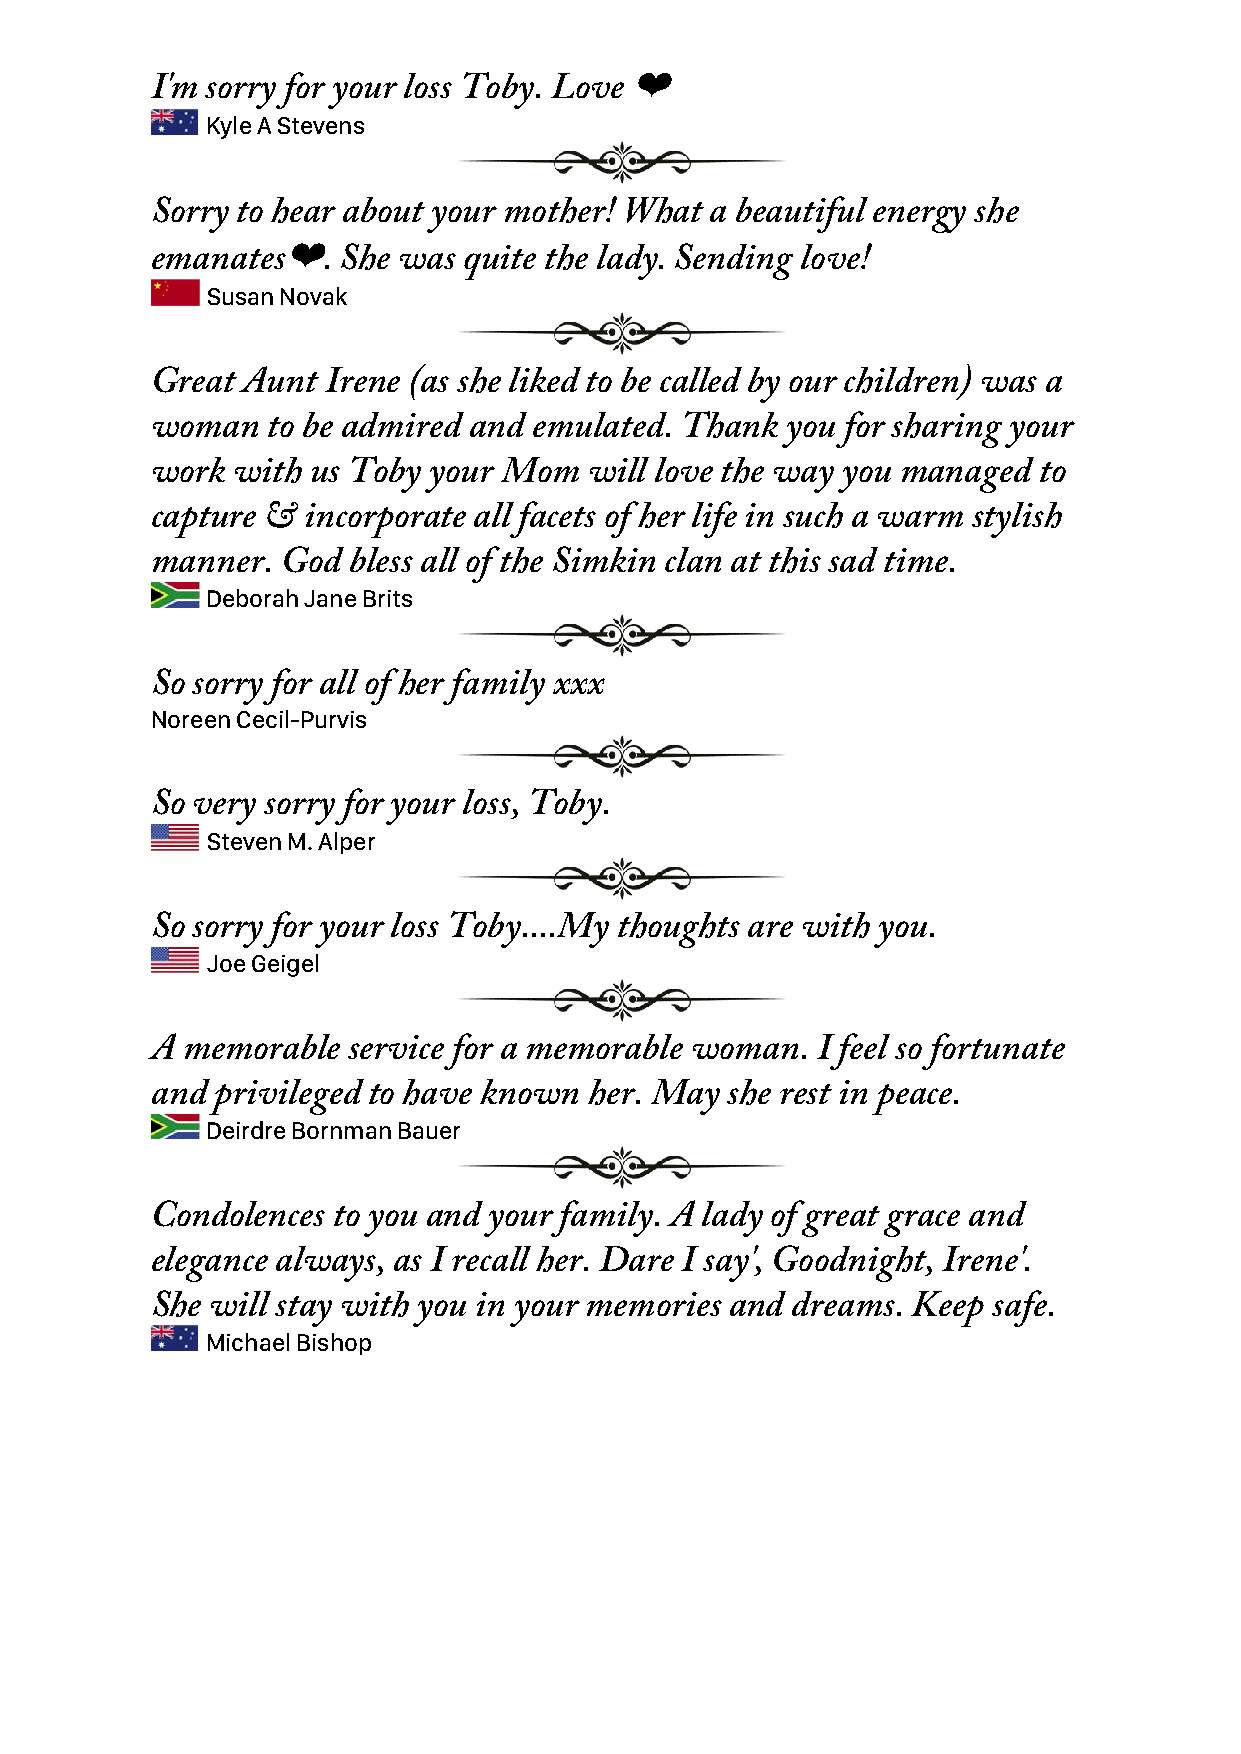
I'm sorry for your loss Toby. Love ❤
 Kyle A Stevens
 Sorry to hear about your mother! What a beautiful energy she
 emanates❤.   She was quite the lady. Sending love!
 Susan Novak
 Great Aunt  Irene (as she liked to be called by our children) was a
 woman   to be admired and emulated. Thank you for sharing your
 work with  us Toby your Mom  will love the way you managed to
 capture & incorporate all facets of her life in such a warm stylish
 manner.  God bless all of the Simkin clan at this sad time.
 Deborah Jane Brits
 So sorry for all of her family xxx
 Noreen Cecil-Purvis
 So very sorry for your loss, Toby.
 Steven M. Alper
 So sorry for your loss Toby....My thoughts are with you.
 Joe Geigel
 A memorable  service for a memorable woman. I feel so fortunate
 and privileged to have known her. May she rest in peace.
 Deirdre Bornman Bauer
 Condolences to you and your family. A lady of great grace and
 elegance always, as I recall her. Dare I say', Goodnight, Irene'.
 She will stay with you in your memories and dreams. Keep safe.
 Michael Bishop